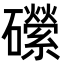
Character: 礯